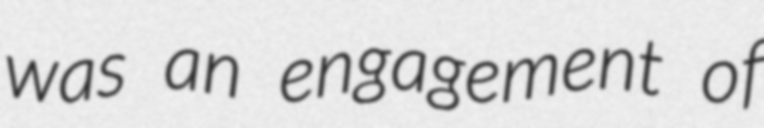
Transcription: was an engagement of